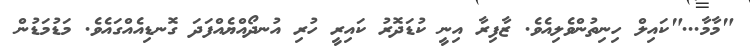
"މާމާ..."ކައިލް ހިނިތުންވެލިއެވެ. ޒާފިރާ އިނީ ކުޑަދޮރު ކައިރީ ހުރި އުނދޯއްޔެއްފަދަ ގޮނޑިއެއްގައެވެ. މަޑުމަޑުން